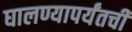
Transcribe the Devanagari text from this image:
घालण्यापर्यंतची